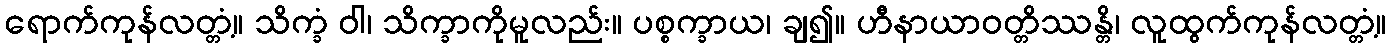
ရောက်ကုန်လတ္တံ့။ သိက္ခံ ဝါ၊ သိက္ခာကိုမူလည်း။ ပစ္စက္ခာယ၊ ချ၍။ ဟီနာယာဝတ္တိဿန္တိ၊ လူထွက်ကုန်လတ္တံ့။